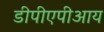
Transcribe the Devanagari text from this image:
डीपीएपीआय